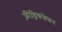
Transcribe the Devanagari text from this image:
फ़्रीड्रिकशैफ़न